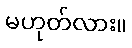
မဟုတ်လား။